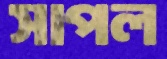
সাপল